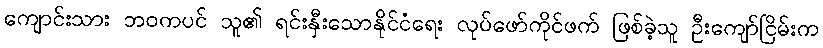
ကျောင်းသား ဘဝကပင် သူ၏ ရင်းနှီးသောနိုင်ငံရေး လုပ်ဖော်ကိုင်ဖက် ဖြစ်ခဲ့သူ ဦးကျော်ငြိမ်းက